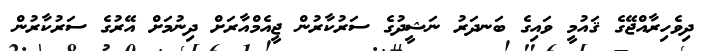
ދިވެހިރާއްޖޭގެ ޤައުމީ ވައިގެ ބަނދަރު ނަޝީދުގެ ސަރުކާރުން ޖީއެމްއާރަށް ދިނުމަށް އޭރުގެ ސަރުކާރުން